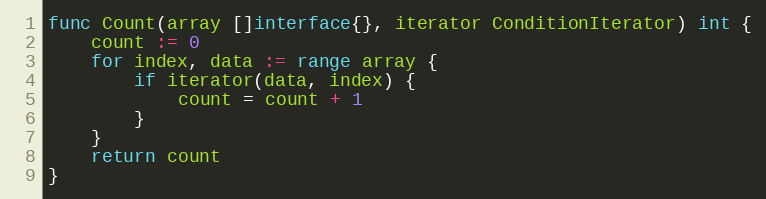
Language: Go
func Count(array []interface{}, iterator ConditionIterator) int {
	count := 0
	for index, data := range array {
		if iterator(data, index) {
			count = count + 1
		}
	}
	return count
}